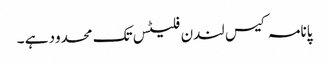
پانامہ کیس لندن فلیٹس تک محدود ہے ۔